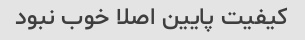
کیفیت پایین اصلا خوب نبود